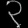
Digit: ၃